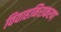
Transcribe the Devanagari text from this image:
विवाहनिराकरण